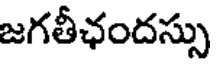
జగతీఛందస్సు